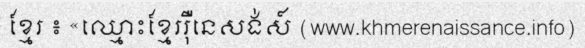
ខ្មែរ ៖ «ឈ្មោះខ្មែររ៉ឺនេសង់ស៍ (www.khmerenaissance.info)